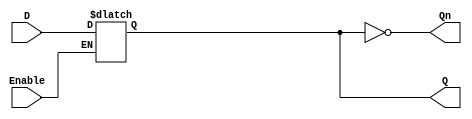
module LatchRegister (
    input wire D,          // Data Input
    input wire Enable,     // Control Signal
    output reg Q,         // Data Output
    output wire Qn        // Inverted Output
);

// Inverted output
assign Qn = ~Q;

// Latch behavior
always @(*) begin
    if (Enable) begin
        Q = D; // Capture input when Enable is high
    end
    // If Enable is low, Q retains its previous value (latch behavior)
end

endmodule